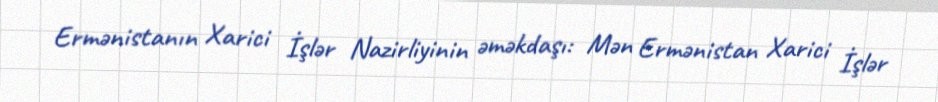
Ermənistanın Xarici İşlər Nazirliyinin əməkdaşı: Mən Ermənistan Xarici İşlər